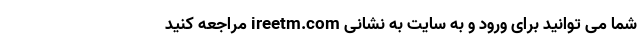
شما می توانید برای ورود و به سایت به نشانی ireetm.com مراجعه کنید